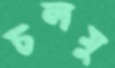
চলমু